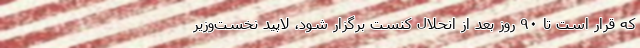
که قرار است تا ۹۰ روز بعد از انحلال کنست برگزار شود، لاپید نخست‌وزیر